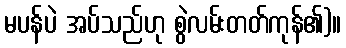
မပန်ပဲ အပ်သည်ဟု စွဲလမ်းတတ်ကုန်၏)။